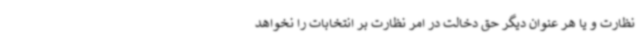
نظارت و یا هر عنوان دیگر حق دخالت در امر نظارت بر انتخابات را نخواهد